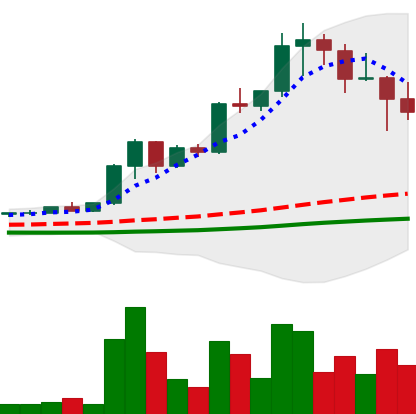
Ticker: XRP-USD
Chart end date: 2021-04-19
Forward return: -20.253%
Label: down_7plus